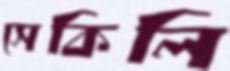
সেকিলি